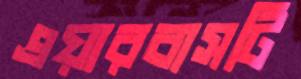
এয়ারবাসটি